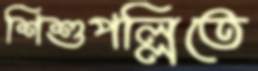
শিশুপল্লিতে